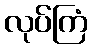
လုပ်ကြံ